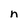
Character: n